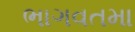
ભાગવતમા